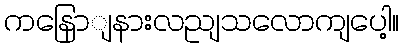
ကနြောျနားလညျသလောကျပေါ့။